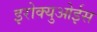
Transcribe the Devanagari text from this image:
इरोक्युओईस